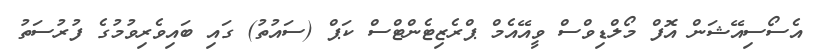
އެސޯސިއޭޝަން އޮފް މޯލްޑިވްސް ވީއޭއެމް ޕްރެޒިޓެންޓްސް ކަޕް (ސައުތު) ގައި ބައިވެރިވުމުގެ ފުރުސަތު